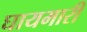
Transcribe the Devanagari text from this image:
घायमारी